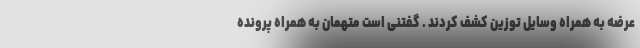
عرضه به همراه وسایل توزین کشف کردند . گفتنی است متهمان به همراه پرونده